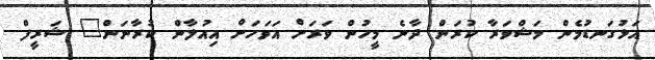
އަޅުގަނޑުމެން މަޝްވަރާ ކުރަން ދާނެ މީހުން ވަރަށް އަވަހަށް އިއުލާން ކުރާނަން" ޝަރީފް